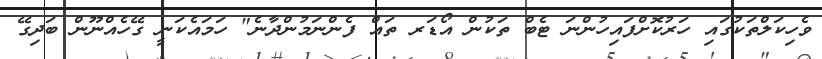
ވެހިކަލްތަކުގައި ހަރުކޮށްފައިހުންނަ ޓެބް ތަކުން އޯޑަރ ތައް ފެންނަމުންދާނެ" ހަމައެކަނީ ގޭހެއްނޫން ބަދިގޭ